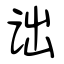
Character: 诎